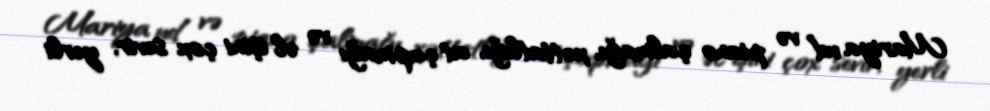
Mariya ud və piano çalmağı, xəttatlığı, at çapmağı və əl işini çox sevir, yerli